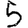
Digit: 5